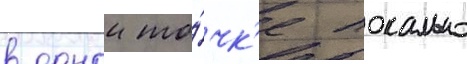
в однои то́чк'е локально